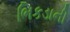
ભિકડાની